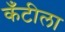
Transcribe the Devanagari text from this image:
कँटीला